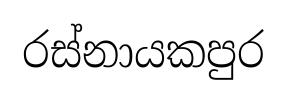
රස්නායකපුර